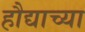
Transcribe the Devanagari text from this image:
हौद्याच्या